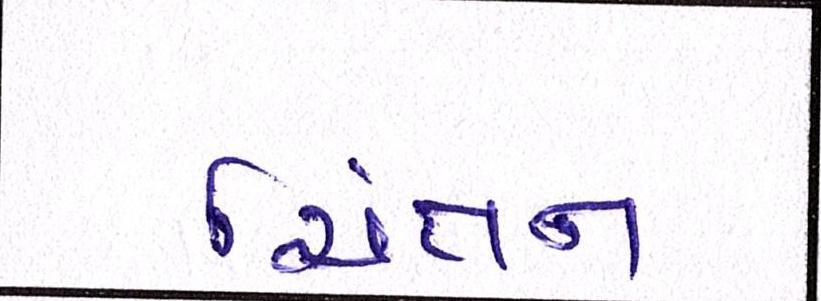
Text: ચિંતન